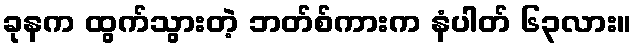
ခုနက ထွက်သွားတဲ့ ဘတ်စ်ကားက နံပါတ် ၆၃လား။